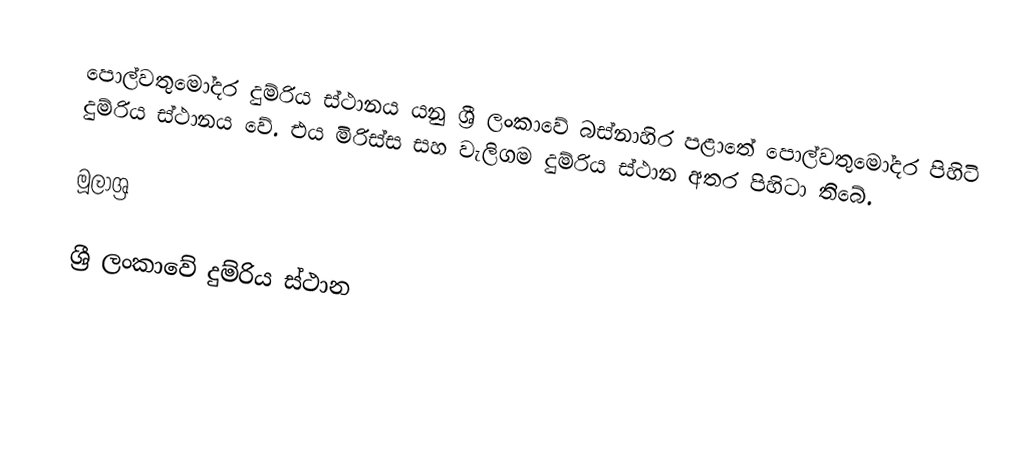
පොල්වතුමෝදර දුම්රිය ස්ථානය යනු ශ්‍රී ලංකාවේ බස්නාහිර පළාතේ පොල්වතුමෝදර පිහිටි දුම්රිය ස්ථානය වේ. එය මිරිස්ස සහ වැලිගම දුම්රිය ස්ථාන අතර පිහිටා තිබේ.

මූලාශ්‍ර

ශ්‍රී ලංකාවේ දුම්රිය ස්ථාන